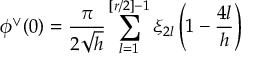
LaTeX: \phi ^ { \vee } ( 0 ) = \frac { \pi } { 2 \sqrt { h } } \sum _ { l = 1 } ^ { [ r / 2 ] - 1 } \xi _ { 2 l } \left( 1 - \frac { 4 l } { h } \right)